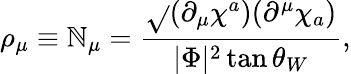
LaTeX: \rho_{\mu}\equiv{\cal\mathbb{N}}_{\mu}=\frac{{\sqrt{}{{(\partial_{\mu}\chi^{a})(\partial^{\mu}\chi_{a})}}}}{{|\Phi|^{2}\tan\theta_{W}}},